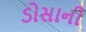
ડોસાની